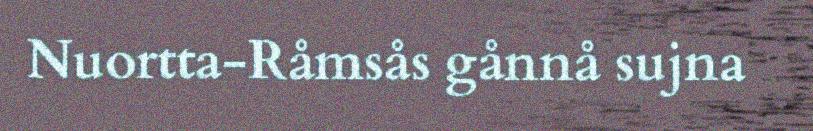
Nuortta-Råmsås gånnå sujna